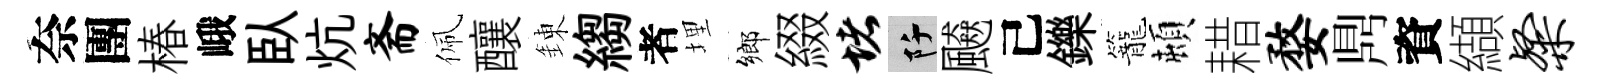
奈團椿峨臥炕斋佩釀錬縐者埋鄉綴堵阡飇己鑠籠頓耤婺𪔂資纈粲